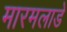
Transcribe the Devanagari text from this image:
मारमलाडे